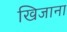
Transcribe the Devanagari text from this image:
खिजाना